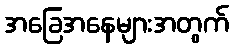
အခြေအနေများအတွက်